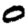
Digit: 0